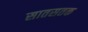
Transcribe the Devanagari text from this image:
सातसतक